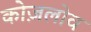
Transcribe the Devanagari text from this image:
कोज़लोव